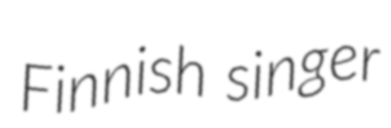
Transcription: Finnish singer